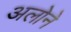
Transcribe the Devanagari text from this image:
अलोने